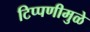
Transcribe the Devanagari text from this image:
टिप्पणीमुळे